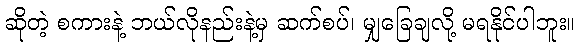
ဆိုတဲ့ စကားနဲ့ ဘယ်လိုနည်းနဲ့မှ ဆက်စပ်၊ မျှခြေချလို့ မရနိုင်ပါဘူး။